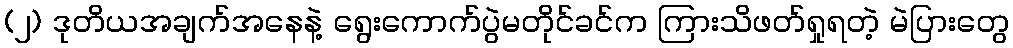
(၂) ဒုတိယအချက်အနေနဲ့ ရွေးကောက်ပွဲမတိုင်ခင်က ကြားသိဖတ်ရှုရတဲ့ မဲပြားတွေ